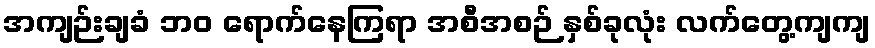
အကျဉ်းချခံ ဘဝ ရောက်နေကြရာ အစီအစဉ် နှစ်ခုလုံး လက်တွေ့ကျကျ